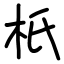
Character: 𣏚